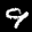
Label: 9